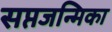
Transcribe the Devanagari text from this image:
सप्तजन्मिका